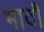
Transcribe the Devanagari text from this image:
भादौ